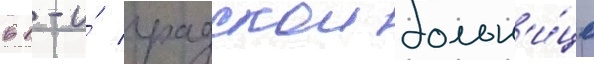
в 1-и́ градскои больн'и́це